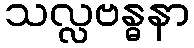
သလ္လဗန္ဓနာ